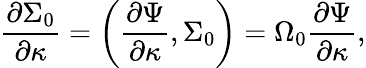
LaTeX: {\frac{\partial\Sigma_{0}}{\partial\kappa}}=\left({\frac{\partial\Psi}{\partial\kappa}},\Sigma_{0}\right)=\Omega_{0}{\frac{\partial\Psi}{\partial\kappa}},